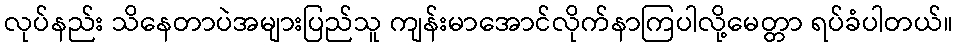
လုပ်နည်း သိနေတာပဲအများပြည်သူ ကျန်းမာအောင်လိုက်နာကြပါလို့မေတ္တာ ရပ်ခံပါတယ်။